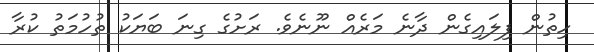
ހިތުން ފިލައިގެން ދާނެ މަރެއް ނޫނެވެ. ރަށުގެ ގިނަ ބަޔަކު ތުހުމަތު ކުރާ